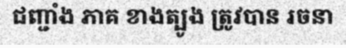
ជញ្ជាំង ភាគ ខាងត្បូង ត្រូវបាន រចនា